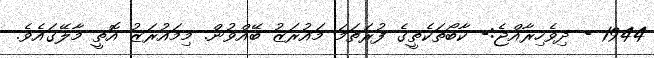
1944 - ދިވެހިރާއްޖެ:- ކާބޯތަކެތީގެ ފުރަތަމަ މައުރަޒު ބޭއްވުން. މިމައުރަޒު އޮތީ މާލޭގައެވެ.